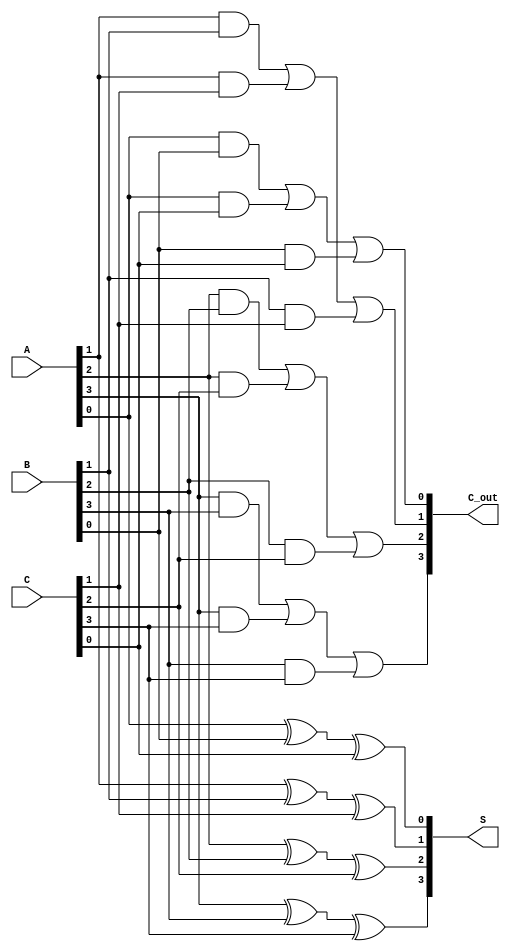
module carry_save_adder (
    input  wire [n-1:0] A,   // First operand
    input  wire [n-1:0] B,   // Second operand
    input  wire [n-1:0] C,   // Third operand
    output wire [n-1:0] S,    // Sum output
    output wire [n-1:0] C_out  // Carry output
);
    parameter n = 4; // Width of the operands

    // Internal wire arrays for sum and carry
    wire [n-1:0] S_temp;
    wire [n-1:0] C_temp;

    // Full Adder-like structure to generate intermediate S and C
    genvar i;
    generate
        for (i = 0; i < n; i = i + 1) begin : CSA
            // Generate sum and carry outputs using three inputs
            assign S_temp[i] = A[i] ^ B[i] ^ C[i]; // Sum output
            assign C_temp[i] = (A[i] & B[i]) | (A[i] & C[i]) | (B[i] & C[i]); // Carry output
        end
    endgenerate

    // Final outputs are the temporary sums and carries
    assign S = S_temp;
    assign C_out = C_temp;

endmodule